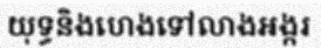
យុទ្ធនិងហេងទៅលាងអង្ករ